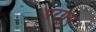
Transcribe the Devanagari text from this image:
परगुए